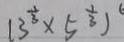
( 3 ^ { \frac { 1 } { 3 } } \times 5 ^ { \frac { 1 } { 3 } } )